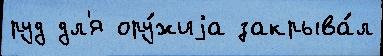
руд дл'я ору́жиjа закрыва́л